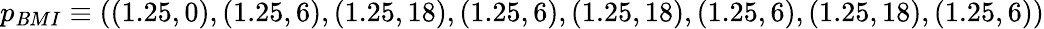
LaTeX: p_{\mathit{B}MI}\equiv((1.25,0),(1.25,6),(1.25,18),(1.25,6),(1.25,18),(1.25,6),(1.25,18),(1.25,6))